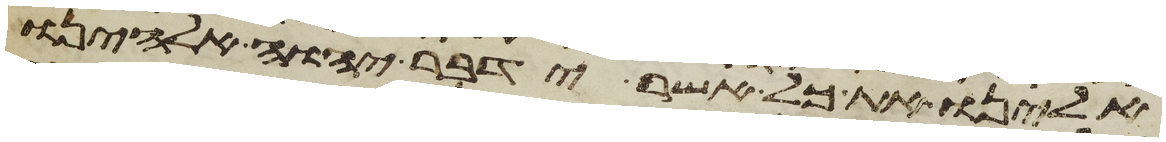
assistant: אלינו את כל אשר ידבר יהוה אלהינו